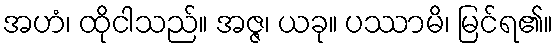
အဟံ၊ ထိုငါသည်။ အဇ္ဇ၊ ယခု။ ပဿာမိ၊ မြင်ရ၏။